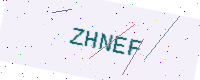
Text: ZHNEF